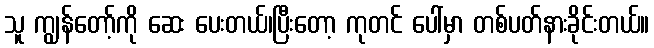
သူ ကျွန်တော့်ကို ဆေး ပေးတယ်၊ပြီးတော့ ကုတင် ပေါ်မှာ တစ်ပတ်နားခိုင်းတယ်။